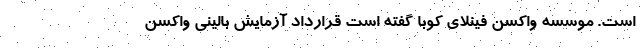
است. موسسه واکسن فینلای کوبا گفته است قرارداد آزمایش بالینی واکسن